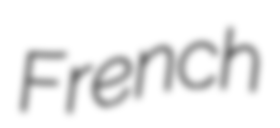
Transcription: French